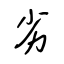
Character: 劣